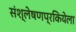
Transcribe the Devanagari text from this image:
संश्लेषणप्रकियेला